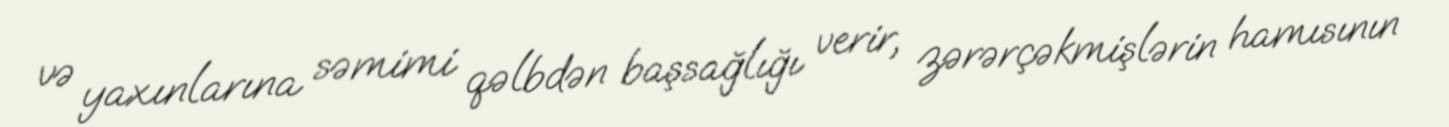
və yaxınlarına səmimi qəlbdən başsağlığı verir, zərərçəkmişlərin hamısının